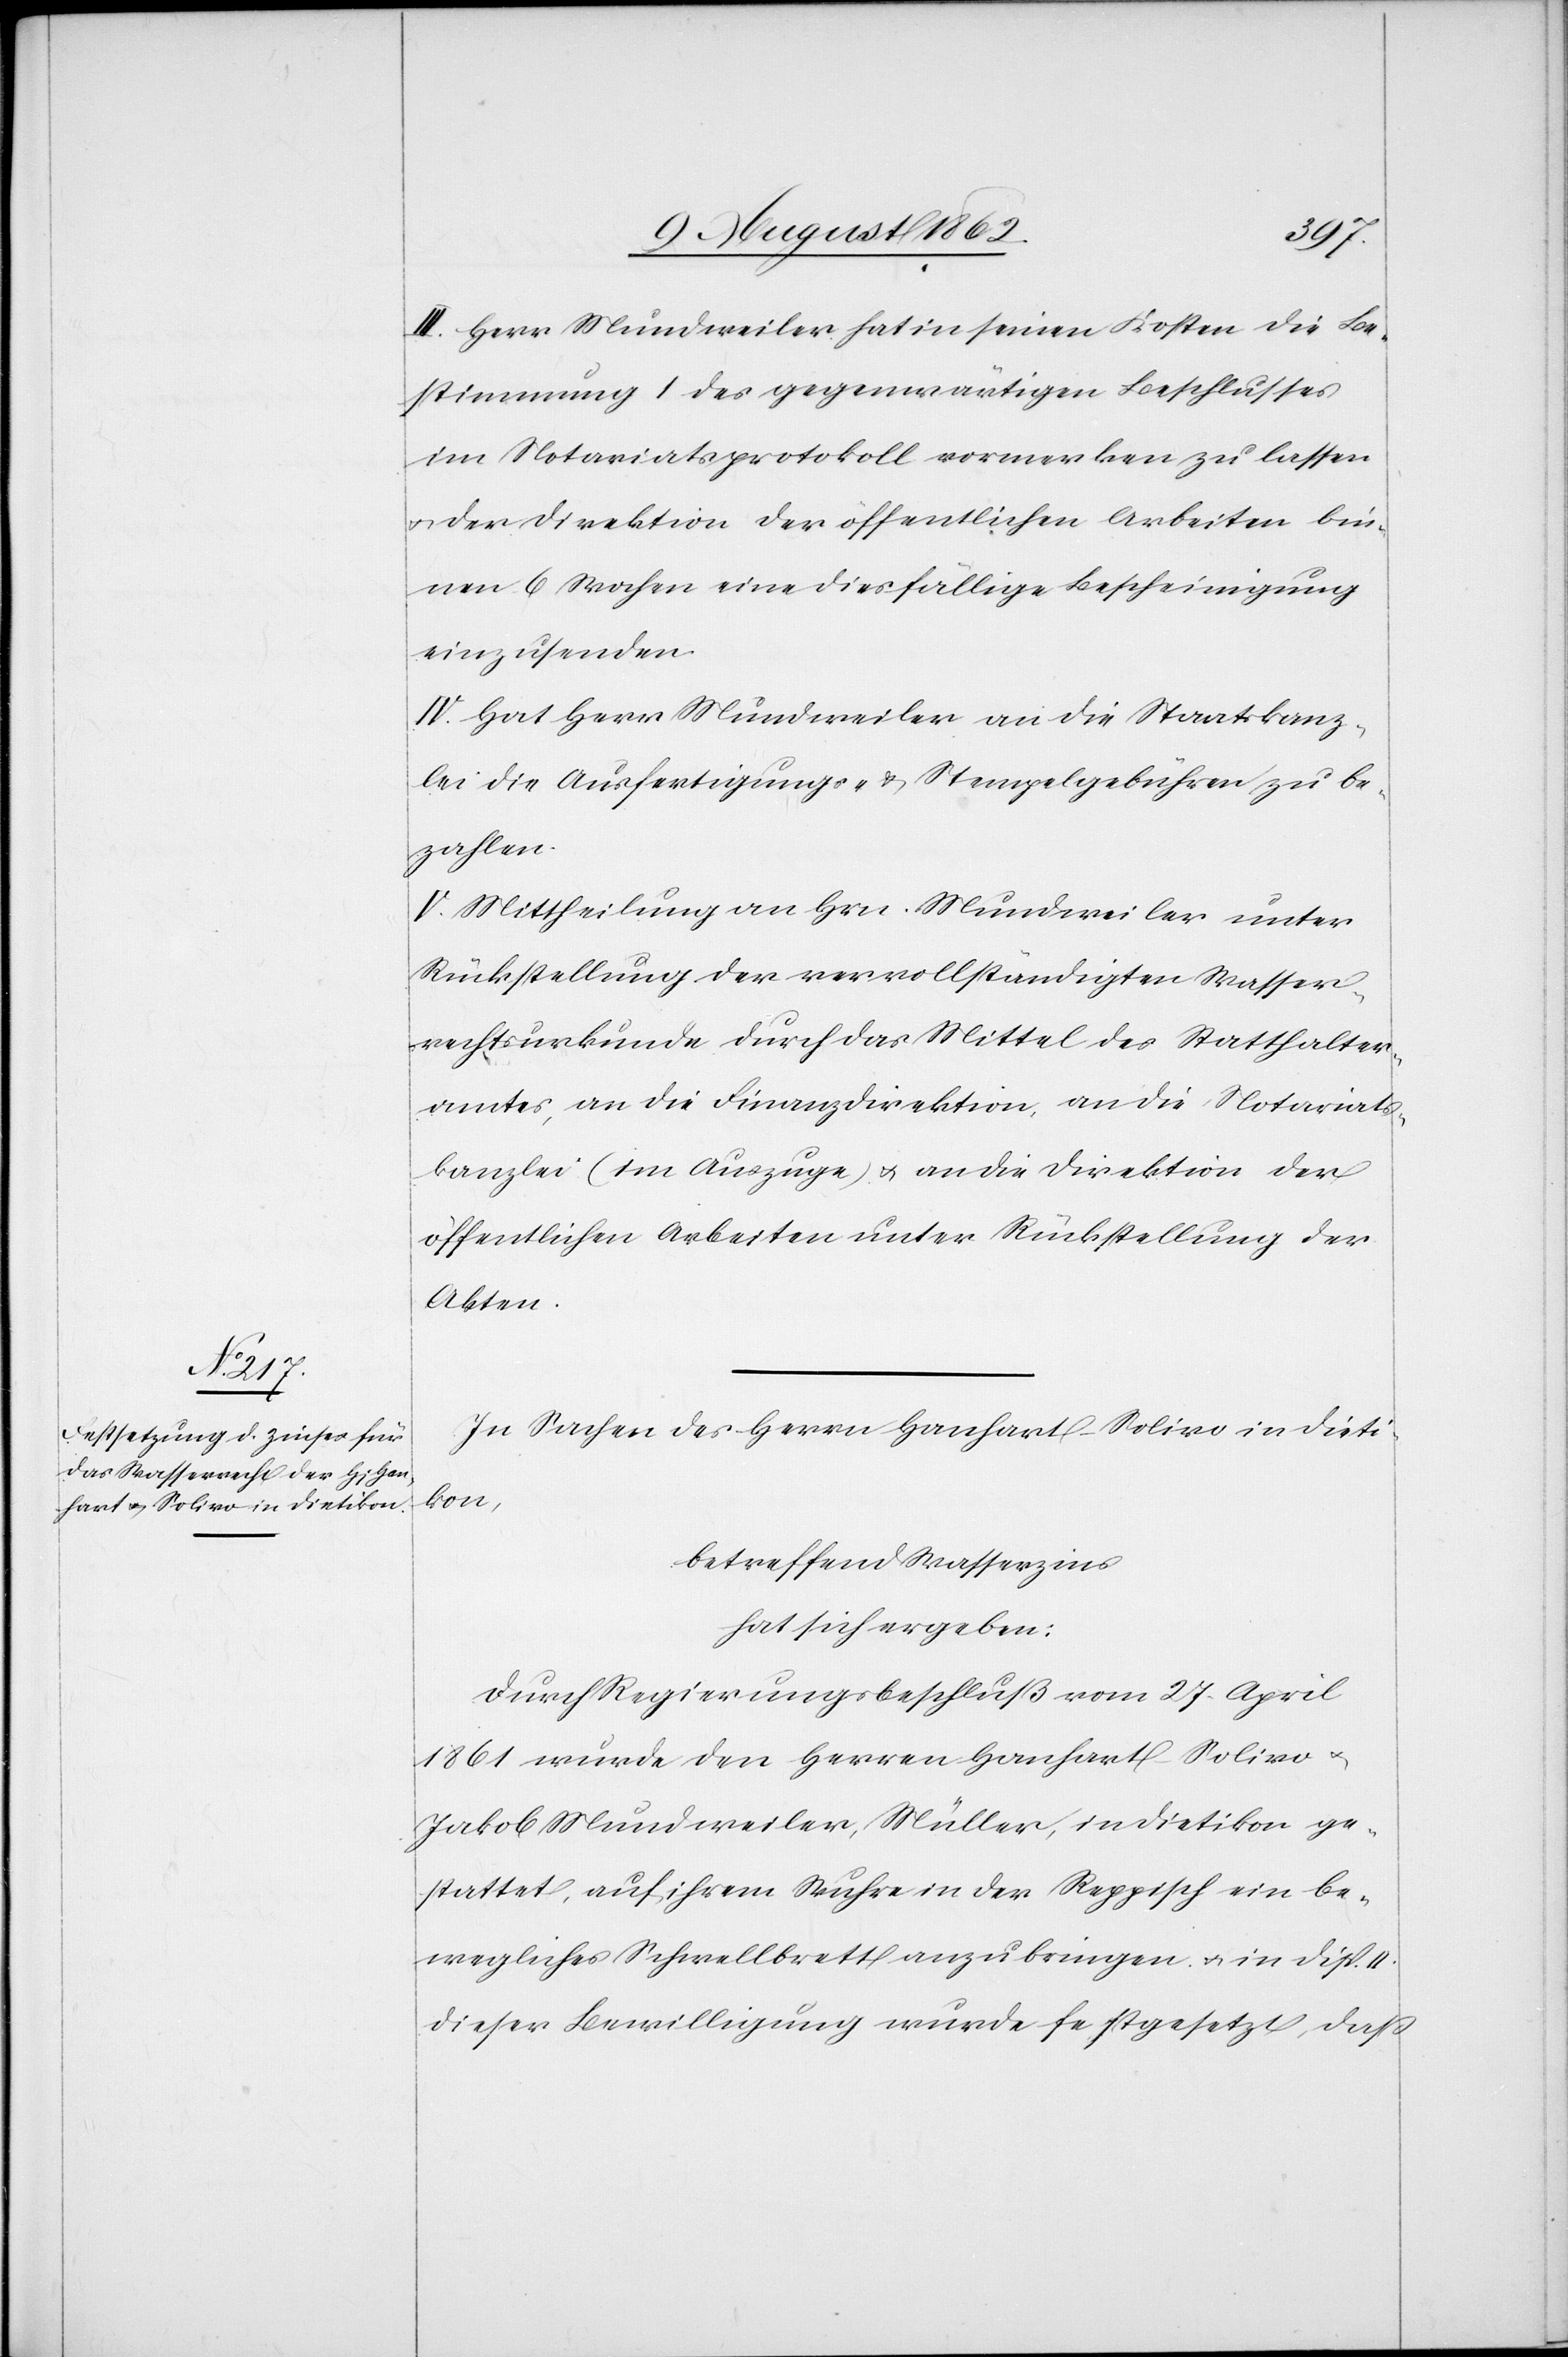
III. Herr Mundweiler hat in seinen Kosten die Be¬
stimmung I des gegenwärtigen Beschlusses
im Notariatsprotokoll vormerken zu lasen
u. der Direktion der öffentlichen Arbeiten bin¬
nen 6 Wochen eine diesfällige Bescheinigung
einzusenden.
IV. Hat Herr Mundweiler an die Staatskanz¬
lei die Ausfertigungs- u. Stempelgebühren zu be¬
zahlen.
V. Mittheilung an Hrn. Mundweiler unter
Rückstellung der vervollständigten Wasser¬
rechtsurkunde durch das Mittel des Statthalter¬
amtes, an die Finanzdirektion, an die Notariats¬
kanzlei (im Auszuge) u. an die Direktion der
öffentlichen Arbeiten unter Rückstellung der
Akten.
In Sachen des Herrn Hanhart-Solivo in Dieiti¬
kon,
betreffend Wasserzins
hat sich ergeben:
Durch Regierungsbeschluß vom 27. April
1861 wurde den Herren Hanhart-Solivo u.
Jakob Mundweiler, Müller, in Dietikon ge¬
stattet, auf ihrem Wuhre in der Reppisch ein be¬
wegliches Schwellbrett anzubringen u. in Disp. II
dieser Bewilligung wurde festgesetzt, daß